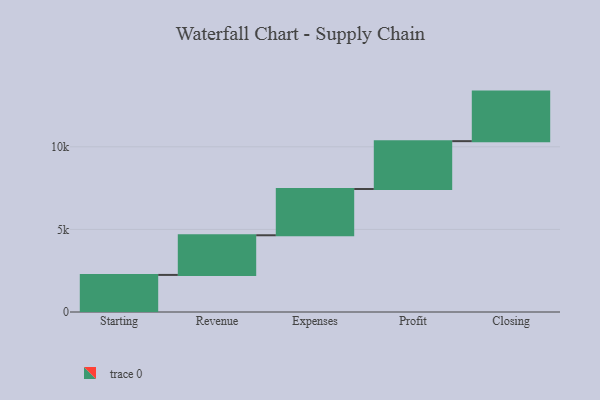
{"axis": {"x": "Step", "y": "Value"}, "legend": [""], "data": [{"x": "Starting", "y": 2245.0, "type": ""}, {"x": "Revenue", "y": 2401.0, "type": ""}, {"x": "Expenses", "y": 2801.0, "type": ""}, {"x": "Profit", "y": 2897.0, "type": ""}, {"x": "Closing", "y": 3000, "type": ""}]}